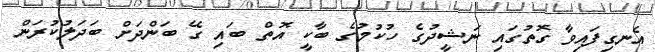
އެނގިފައިވާ ގޮތުގައި ނަޝީދުގެ ހުކުމުގެ ބާކީ އޮތް ބައި ގޭ ބަންދަށް ބަދަލުކުރަން